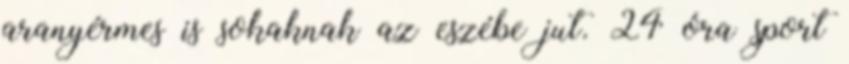
aranyérmes is sokaknak az eszébe jut. 24 óra sport